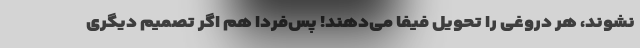
نشوند، هر دروغی را تحویل فیفا می‌دهند! پس‌فردا هم اگر تصمیم دیگری